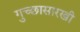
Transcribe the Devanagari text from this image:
गुच्छासारखी